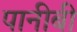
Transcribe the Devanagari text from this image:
पानीबी